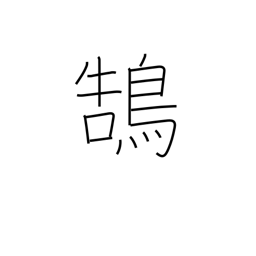
Meaning: swan